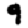
Digit: 9